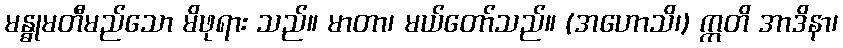
မန္ဓုမတီမည်သော မိဖုရား သည်။ မာတာ၊ မယ်တော်သည်။ (အဟောသိ၊) ဣတိ အာဒိနာ၊